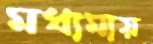
মধ্যমায়